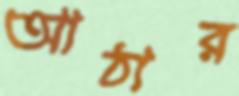
আঠার